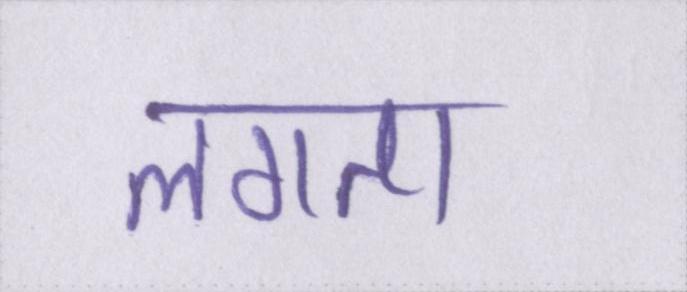
लगता